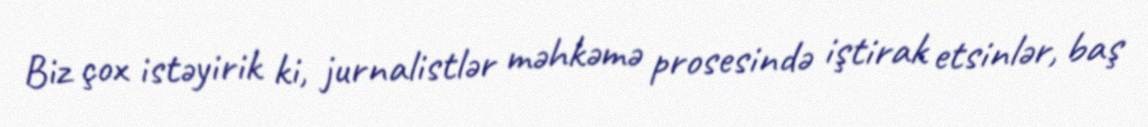
Biz çox istəyirik ki, jurnalistlər məhkəmə prosesində iştirak etsinlər, baş